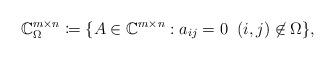
LaTeX: \begin{align*}\mathbb{C}^{m \times n}_\Omega \coloneqq \{ A \in \mathbb{C}^{m \times n} : a_{ij} = 0 \; \; (i,j) \not\in \Omega \},\end{align*}